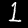
Label: 1